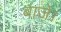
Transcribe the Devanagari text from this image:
बाजे।